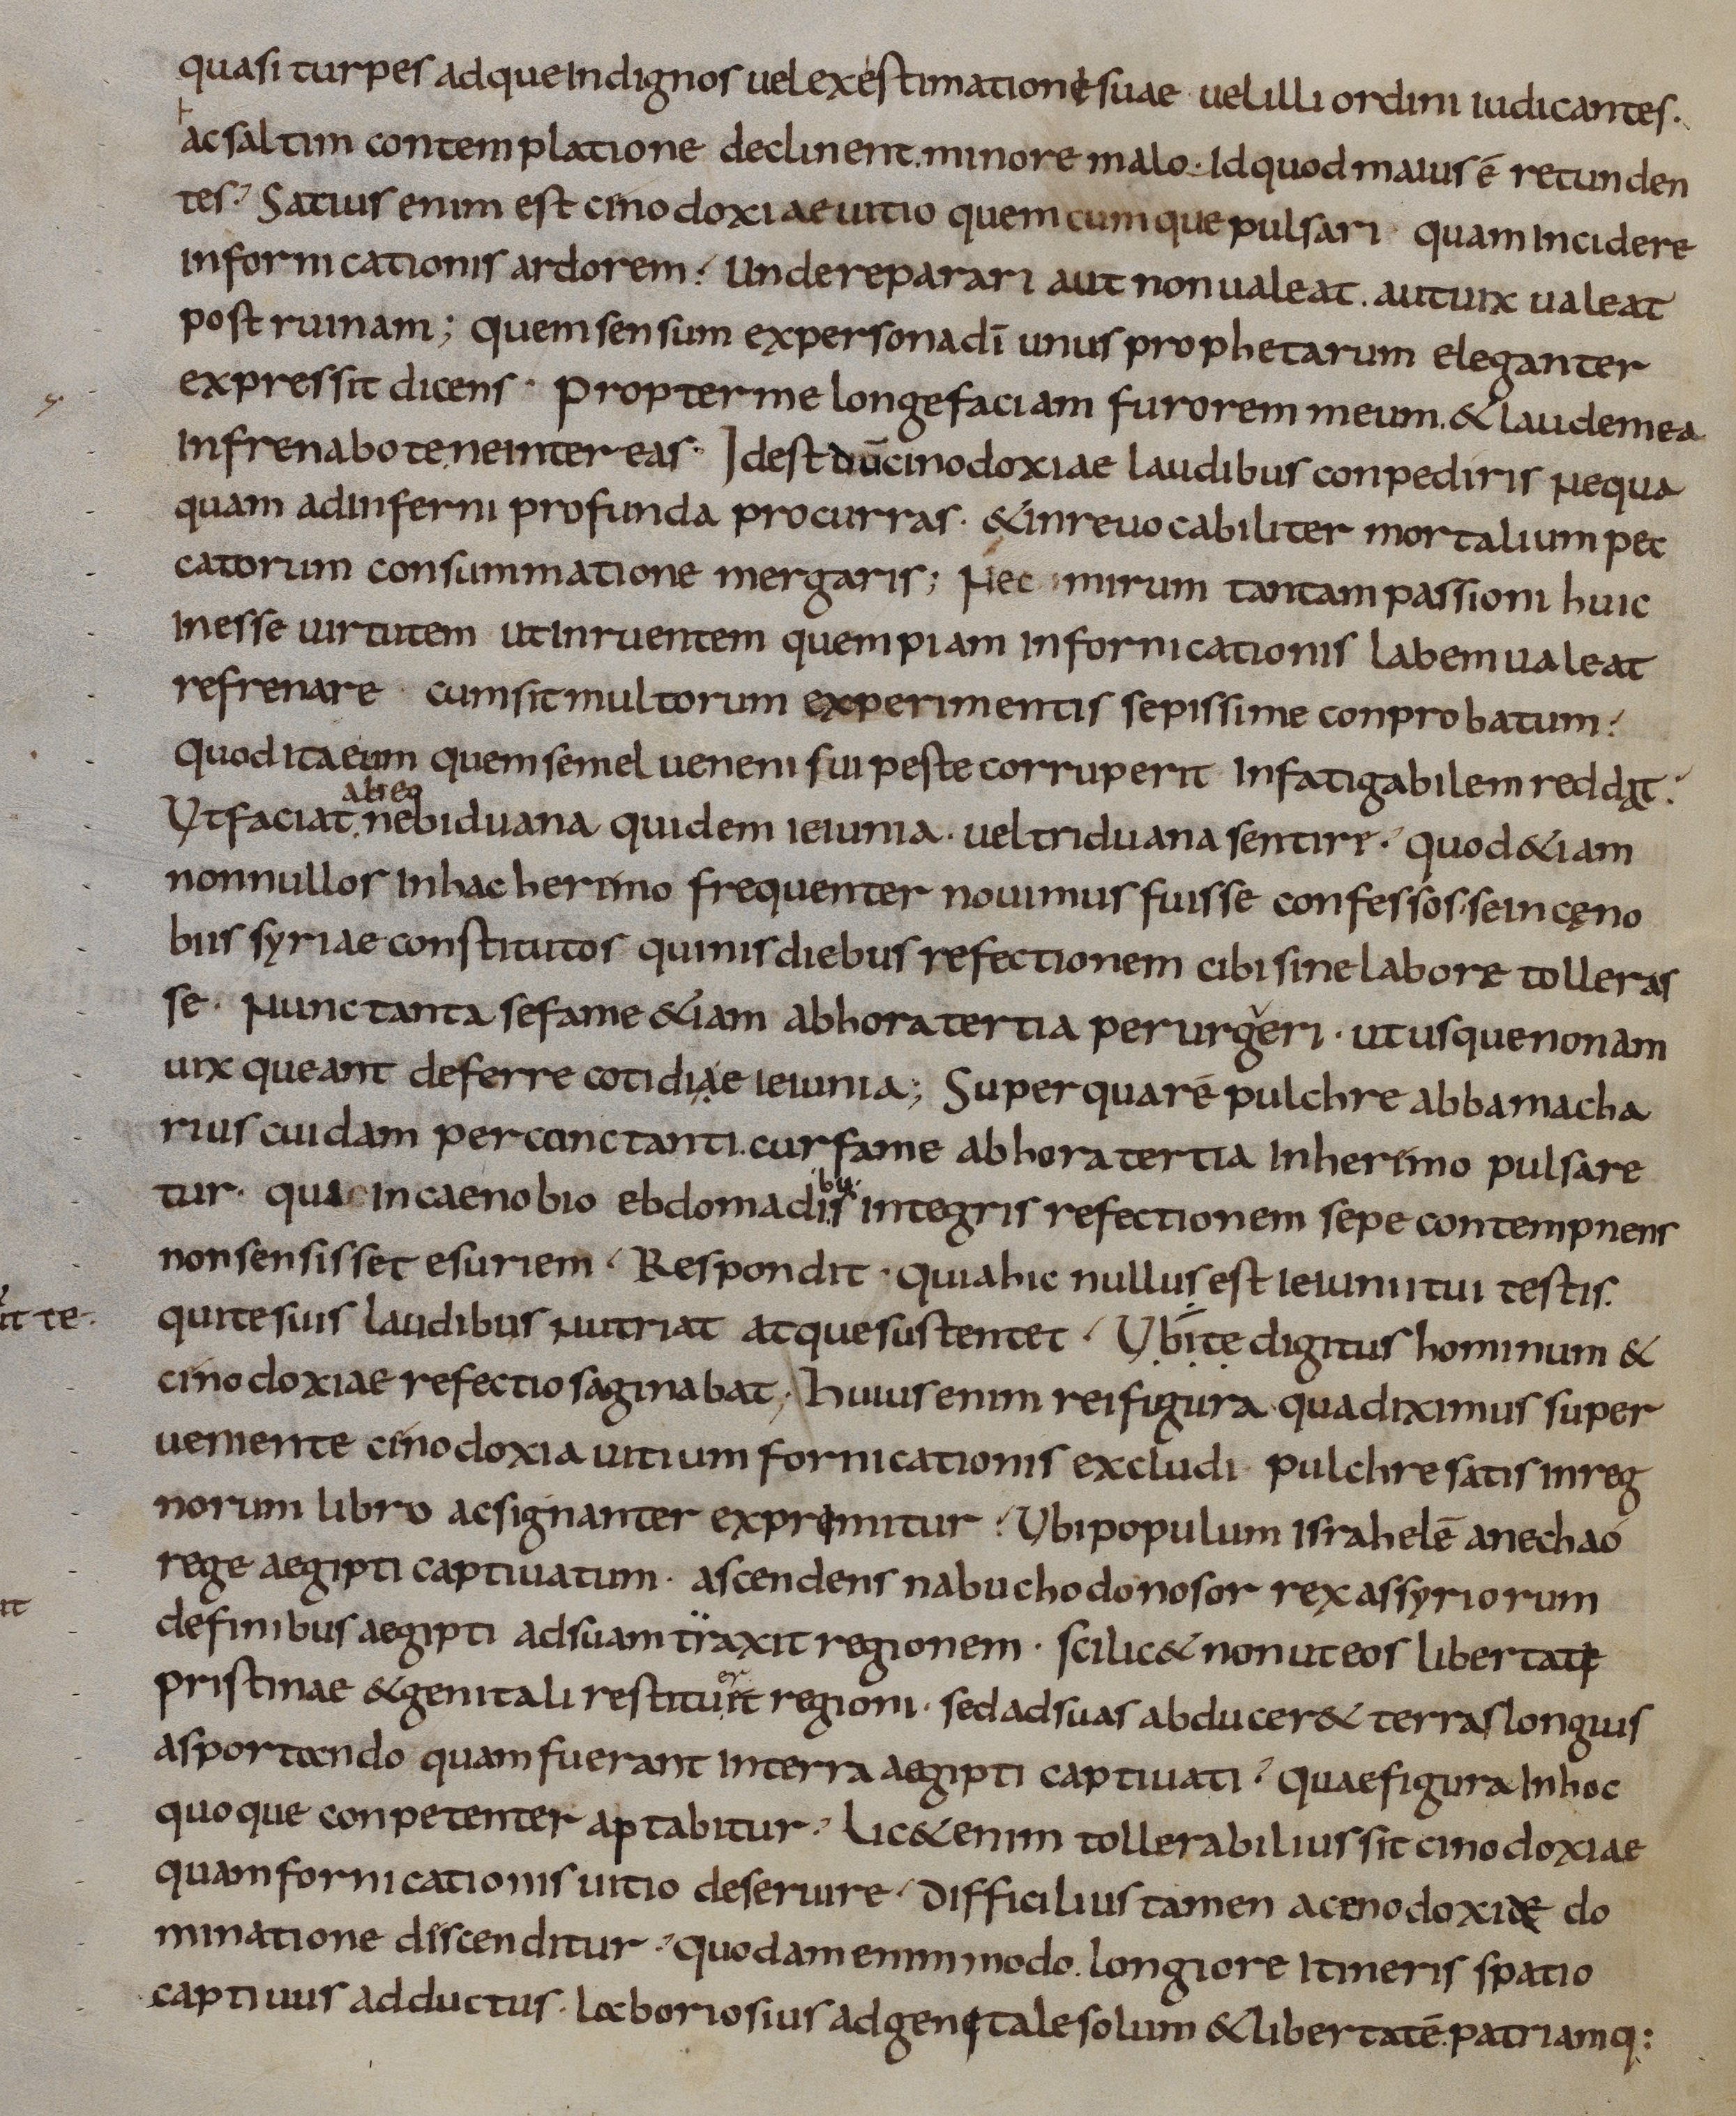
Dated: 833–865